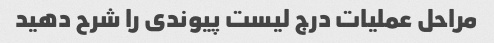
مراحل عملیات درج لیست پیوندی را شرح دهید